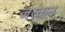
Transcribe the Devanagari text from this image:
जरकन